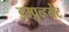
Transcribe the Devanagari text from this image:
इम्प्रूव्हमेंट